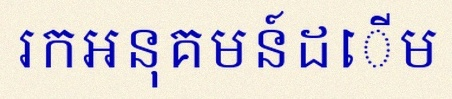
រកអនុគមន៍ដើម